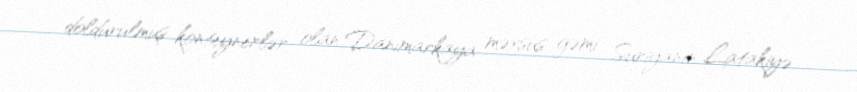
doldurulmuş konteynerlər olan Danimarkaya məxsus gəmi Suriyanın Latakiyə